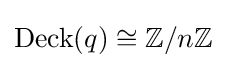
\operatorname {Deck} (q)\cong \mathbb {Z} /n\mathbb {Z}